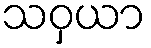
သဝှယာ